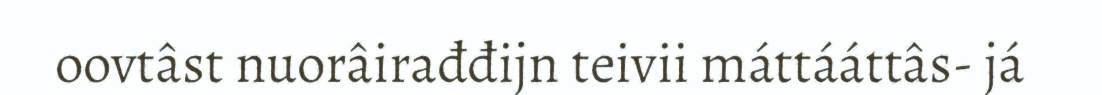
oovtâst nuorâirađđijn teivii máttááttâs- já